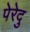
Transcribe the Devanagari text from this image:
पेरेदु